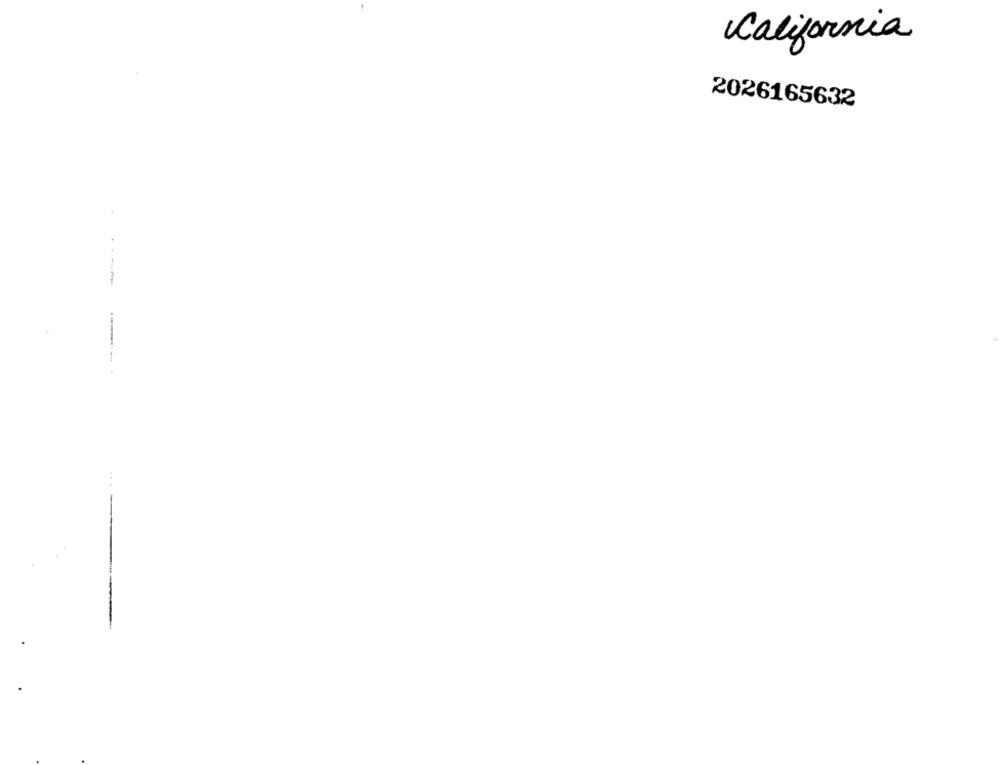
California
2026165632
----